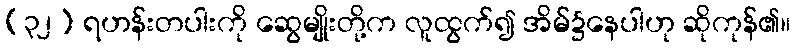
(၃၂) ရဟန်းတပါးကို ဆွေမျိုးတို့က လူထွက်၍ အိမ်၌နေပါဟု ဆိုကုန်၏။